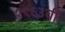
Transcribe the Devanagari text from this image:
१९६३ची